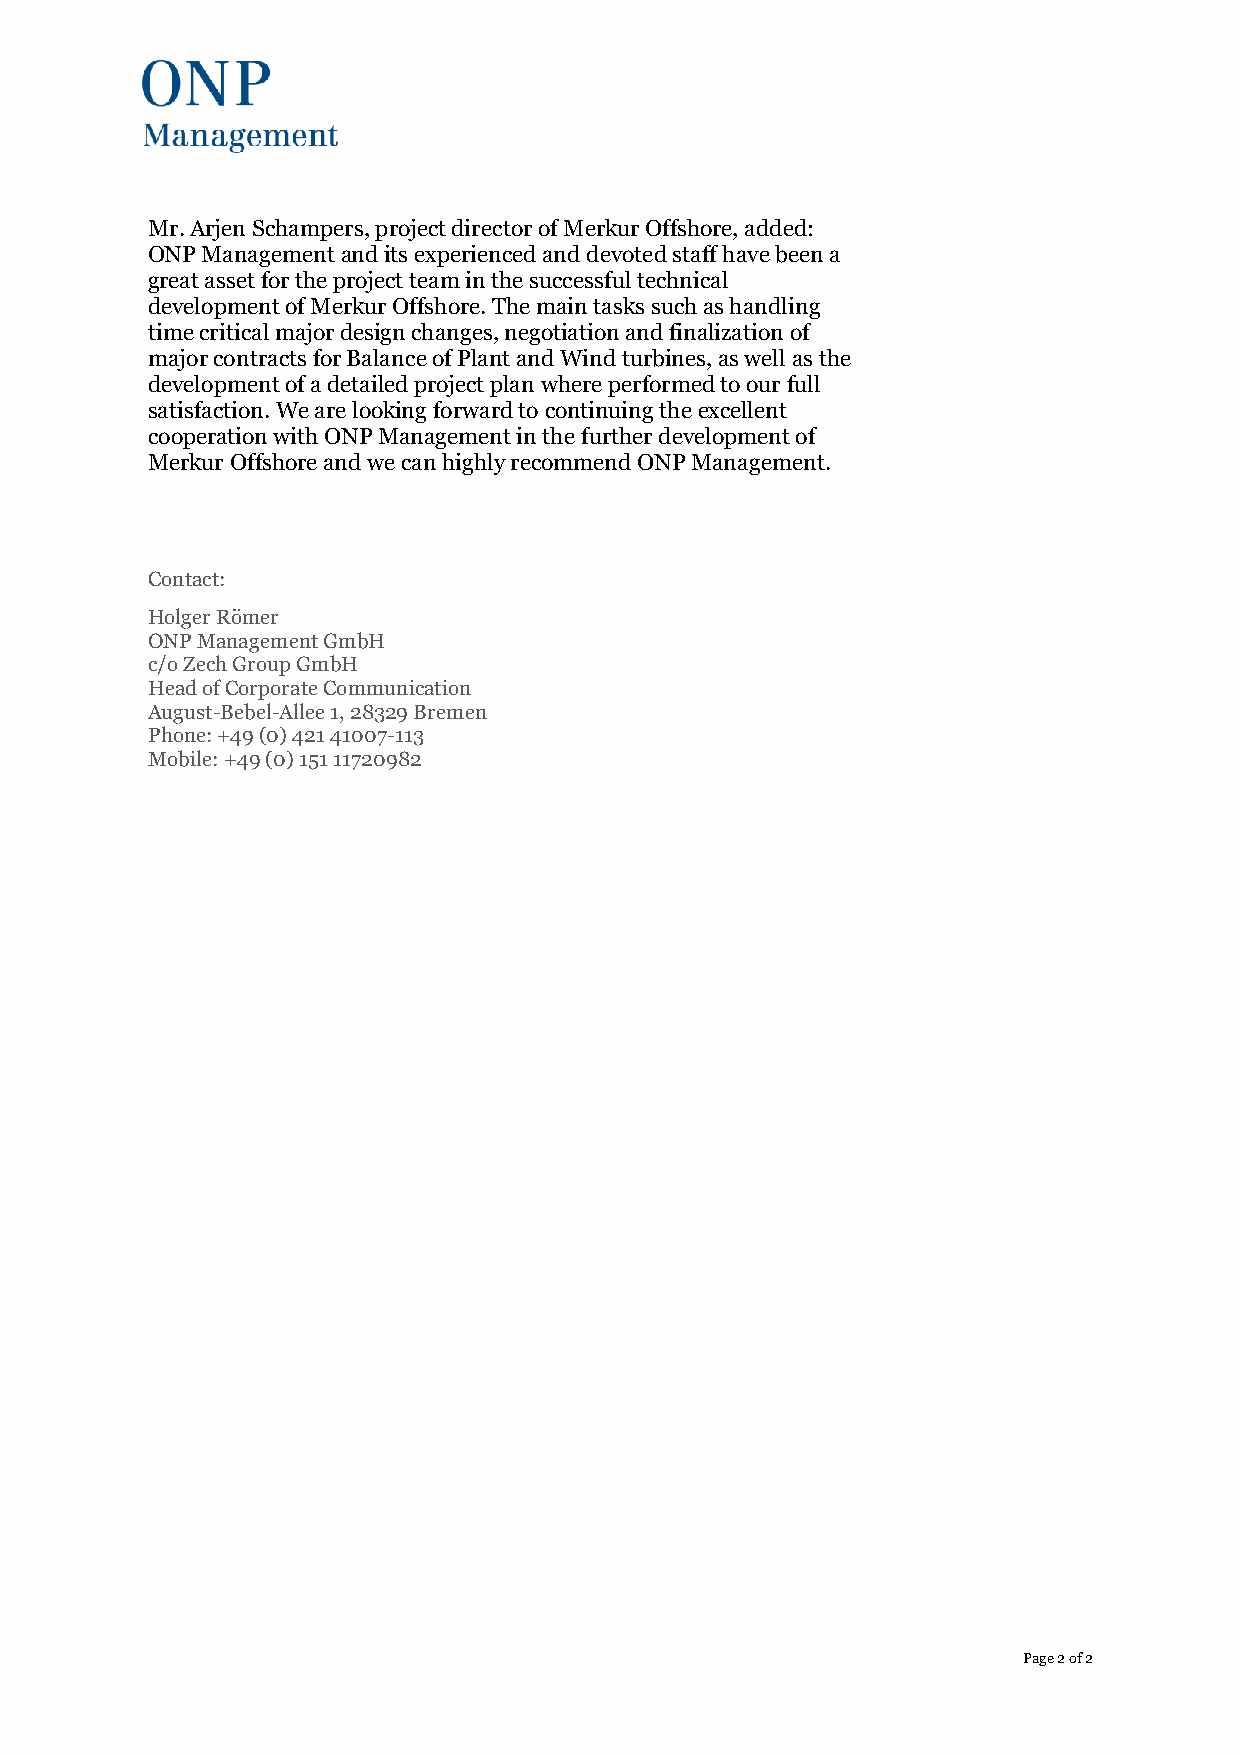
Mr. Arjen Schampers, project director of Merkur Offshore, added:
 ONP Management and its experienced and devoted staff have been a
 great asset for the project team in the successful technical
 development of Merkur Offshore. The main tasks such as handling
 time critical major design changes, negotiation and finalization of
 major contracts for Balance of Plant and Wind turbines, as well as the
 development of a detailed project plan where performed to our full
 satisfaction. We are looking forward to continuing the excellent
 cooperation with ONP Management in the further development of
 Merkur Offshore and we can highly recommend ONP Management.
 Contact:
 Holger Römer
 ONP Management GmbH
 c/o Zech Group GmbH
 Head of Corporate Communication
 August-Bebel-Allee 1, 28329 Bremen
 Phone: +49 (0) 421 41007-113
 Mobile: +49 (0) 151 11720982
 Page 2 of 2